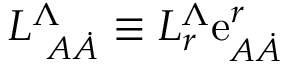
L _ { \ A \dot { A } } ^ { \Lambda } \equiv L _ { r } ^ { \Lambda } \mathrm { e } _ { A \dot { A } } ^ { r }